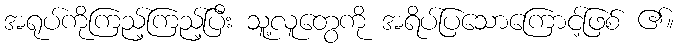
အရုပ်ကိုကြည့်ကြည့်ပြီး သူ့လူတွေကို အရိပ်ပြသောကြောင့်ဖြစ် ၏။